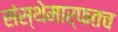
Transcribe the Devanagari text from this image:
संस्थेमार्फतच